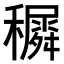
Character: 𥣡